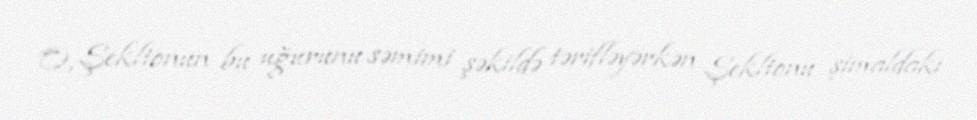
O, Şekltonun bu uğurunu səmimi şəkildə tərifləyərkən Şekltonu şimaldakı